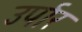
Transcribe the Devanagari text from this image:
उर्पार